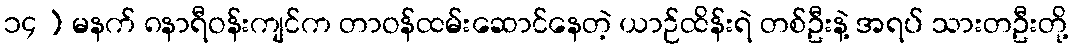
၁၄ ) မနက် ၈နာရီဝန်းကျင်က တာဝန်ထမ်းဆောင်နေတဲ့ ယာဉ်ထိန်းရဲ တစ်ဦးနဲ့ အရပ် သားတဦးတို့